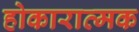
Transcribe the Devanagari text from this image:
होकारात्मक